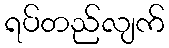
ရပ်တည်လျက်